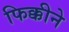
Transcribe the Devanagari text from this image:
फिक्कीने